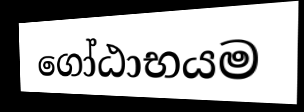
ගෝඨාභයම